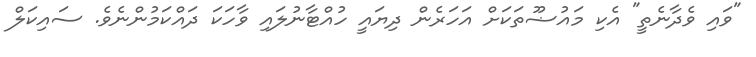
"ވައި ވެދާނެތީ" އެކި މައުޟޫތަކަށް އަހަރެން ދިޔައީ ހުއްޓާނުލައި ވާހަކަ ދައްކަމުންނެވެ. ސައިކަލް